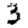
Digit: 3